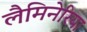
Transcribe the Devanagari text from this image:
लैमिनेरिया